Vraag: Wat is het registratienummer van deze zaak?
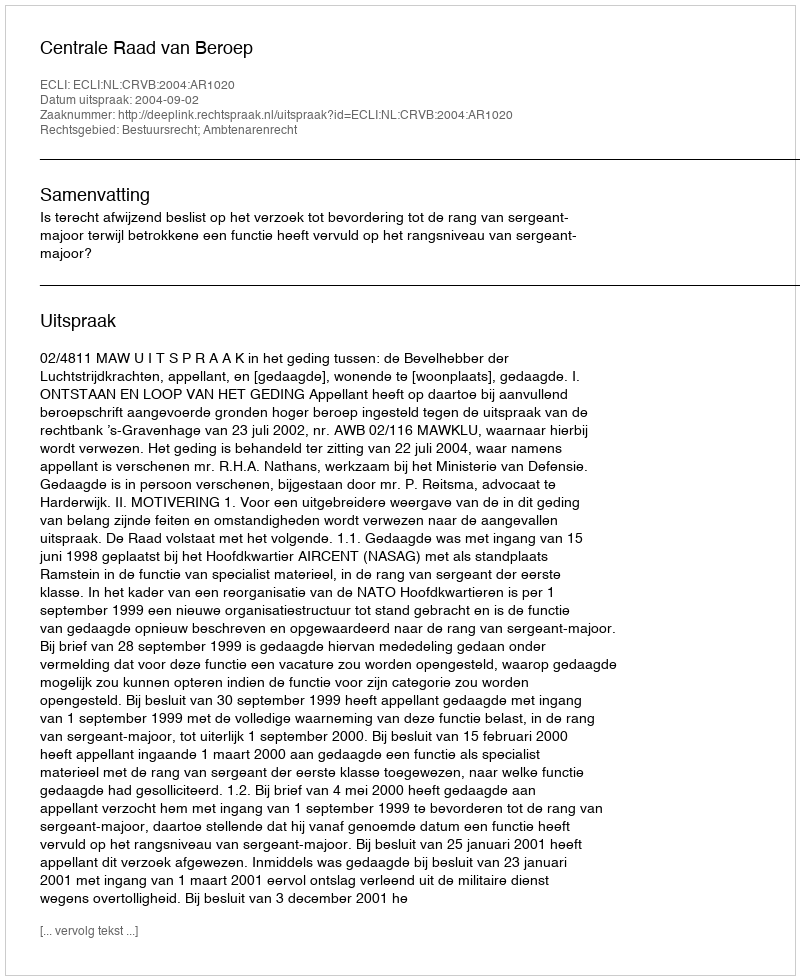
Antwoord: http://deeplink.rechtspraak.nl/uitspraak?id=ECLI:NL:CRVB:2004:AR1020